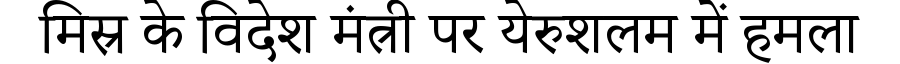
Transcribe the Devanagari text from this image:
मिस्र के विदेश मंत्री पर येरुशलम में हमला